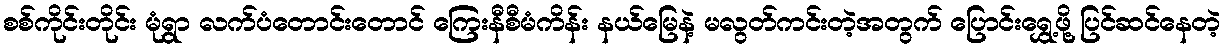
စစ်ကိုင်းတိုင်း မုံရွာ လက်ပံတောင်းတောင် ကြေးနီစီမံကိန်း နယ်မြေနဲ့ မလွတ်ကင်းတဲ့အတွက် ပြောင်းရွှေ့ဖို့ ပြင်ဆင်နေတဲ့